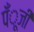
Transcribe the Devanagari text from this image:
पँूजी